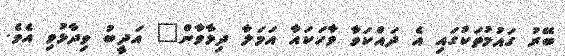
ބޭރު ގައުމުތަކުގައި އެ ދައްކަވާ ވާހަކައާ އަމަލާ ދިމާވާން" އަދީބު ވިދާޅުވި އެވެ.